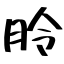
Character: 朎